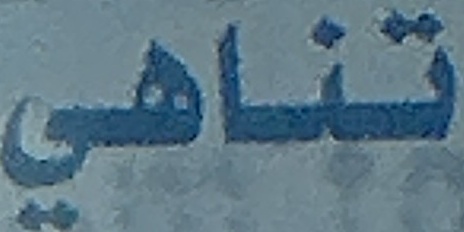
تناهي